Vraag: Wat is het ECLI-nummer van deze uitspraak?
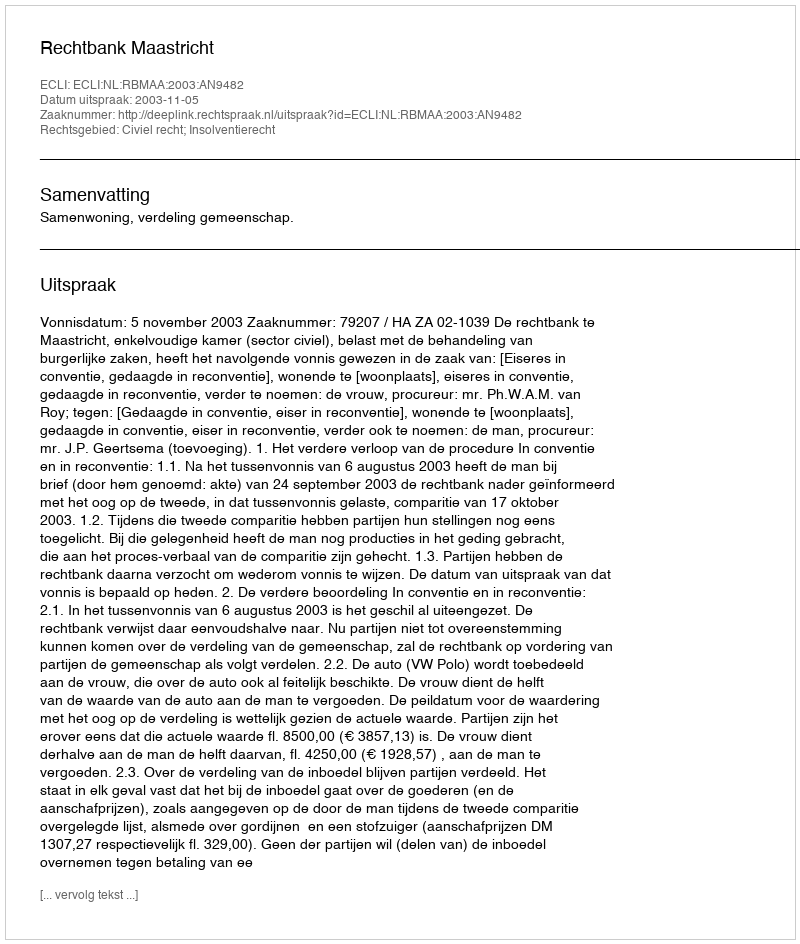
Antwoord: ECLI:NL:RBMAA:2003:AN9482